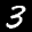
Label: 3